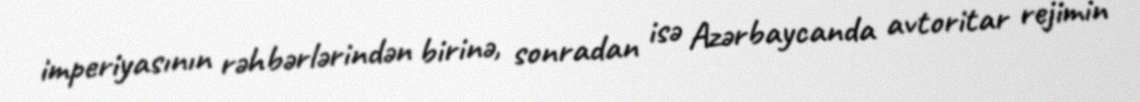
imperiyasının rəhbərlərindən birinə, sonradan isə Azərbaycanda avtoritar rejimin